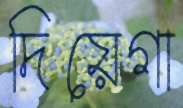
দিয়েগা